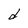
Character: d